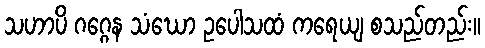
သဟာပိ ဂဂ္ဂေန သံဃော ဥပေါသထံ ကရေယျ စသည်တည်း။